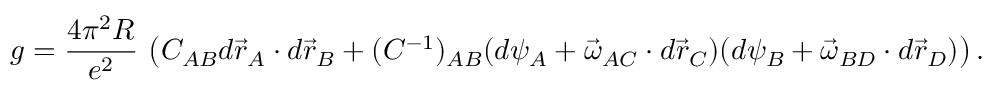
g = \frac { 4 \pi ^ { 2 } R } { e ^ { 2 } } \, \left( C _ { A B } d \vec { r } _ { A } \cdot d \vec { r } _ { B } + ( C ^ { - 1 } ) _ { A B } ( d \psi _ { A } + \vec { \omega } _ { A C } \cdot d \vec { r } _ { C } ) ( d \psi _ { B } + \vec { \omega } _ { B D } \cdot d \vec { r } _ { D } ) \right) .